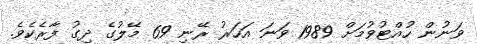
ވަނުން ހުއްޓުވުމަށް 1989 ވަނަ އަހަރު ރޭނި 69 މޭލުގެ ދިގު ފާރެކެވެ.